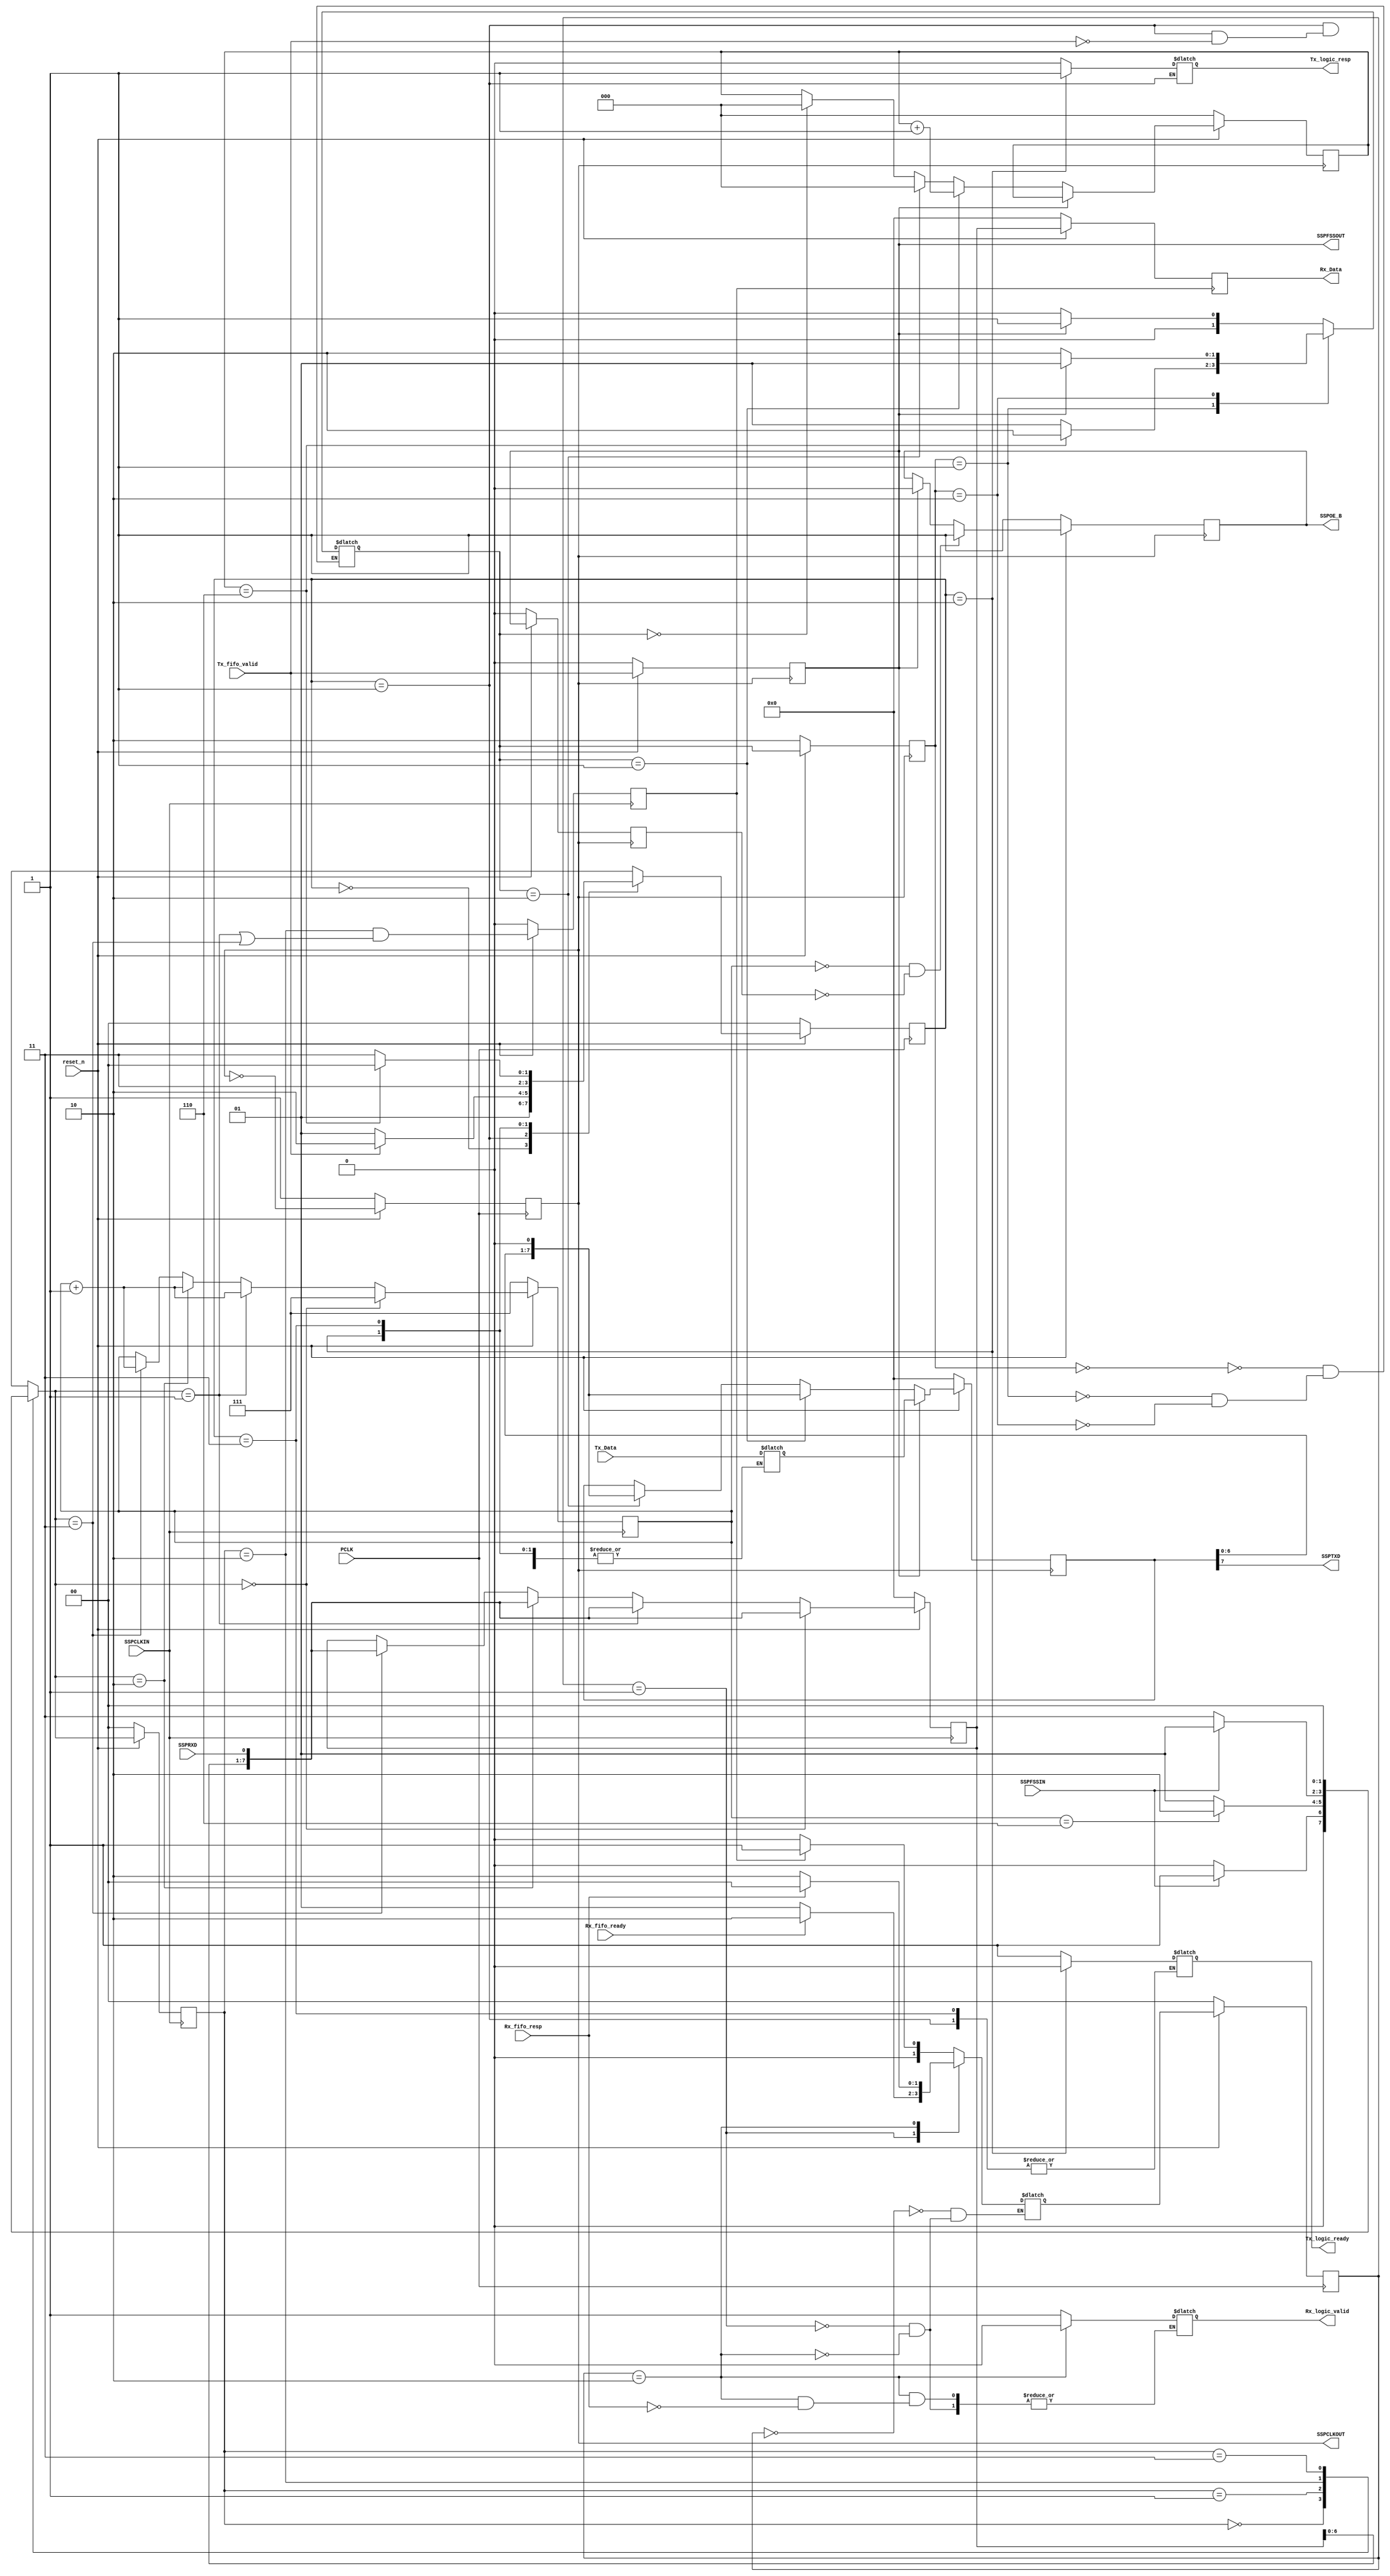
//********************************************************************
//	Developed on:	26-Oct-2016
//	Module:		Tx/Rx logic block (To be used in SSP module)
//********************************************************************
module Tx_Rx_logic(	PCLK,
			reset_n,
			Tx_logic_ready,
			Tx_logic_resp,
			Tx_Data,
			Tx_fifo_valid,
			Rx_fifo_ready,
			Rx_fifo_resp,
			Rx_Data,
			Rx_logic_valid,
			SSPOE_B,
			SSPTXD,
			SSPFSSOUT,
			SSPCLKOUT,
			SSPCLKIN,
			SSPFSSIN,
			SSPRXD);


input		PCLK,
		reset_n,
		Tx_fifo_valid,
		Rx_fifo_ready,
		Rx_fifo_resp,
		SSPCLKIN,
		SSPFSSIN,
		SSPRXD;

input	[7:0]	Tx_Data;

output		Tx_logic_ready,
		Tx_logic_resp,
		Rx_logic_valid,
		SSPOE_B,
		SSPTXD,
		SSPFSSOUT,
		SSPCLKOUT;

output	[7:0]	Rx_Data;

wire		PCLK,
		reset_n,
		Tx_fifo_valid,
		Rx_fifo_ready,
		Rx_fifo_resp,
		SSPCLKIN,
		SSPFSSIN,
		SSPRXD;

wire	[7:0]	Tx_Data;
wire		SSPTXD;
reg		Rx_logic_valid;
wire		capture_rx_data;
reg		capture_rx_data_delay;

reg		Tx_fifo_valid_sync;
reg		Tx_logic_ready,
		Tx_logic_resp,
		SSPOE_B,
		SSPFSSOUT_reg,
		SSPCLKOUT;
wire		SSPFSSOUT;

wire	[7:0]	Rx_Data;

reg 	[7:0]	tx_data_in_reg;
reg 	[7:0]	tx_data_in_reg_sync;
reg 	[2:0]	tx_count;

reg 	[7:0]	rx_data_in_reg;
reg 	[7:0]	rx_data_in_reg_captured;
reg 	[2:0]	rx_count;

reg [1:0] tx_state;
reg [1:0] tx_next_state;
parameter TX_IDLE=2'd0, TX_READY=2'd1, TX_RESP=2'd2, TX_WAIT=2'd3;

reg [1:0] tx_ser_state;
reg [1:0] tx_ser_next_state;
parameter TX_SER_IDLE=2'd0, TX_SER_TRANSFER=2'd1, TX_SER_LAST_TRANSFER=2'd2;

reg [1:0] rx_state;
reg [1:0] rx_next_state;
parameter RX_IDLE=2'd0, RX_VALID=2'd1, RX_RESP=2'd2;

reg [1:0] rx_ser_state;
reg [1:0] rx_ser_next_state;
parameter RX_SER_IDLE=2'd0, RX_SER_RECEIVE=2'd1, RX_SER_CAPTURE=2'd2, RX_SER_LAST_BIT=2'd3;


always @(posedge PCLK)
begin
	if(~reset_n)
		SSPCLKOUT	<= 1'b1;
	else
		SSPCLKOUT	<= ~SSPCLKOUT;
				
end


always @(posedge PCLK)
begin
	if(~reset_n)
	begin
		tx_state	<= 2'b0;
	end
	else	
		tx_state 	<= tx_next_state;
end


always @(*)  
begin	
	case(tx_state)
		TX_IDLE:
			 begin
				Tx_logic_resp	= 1'b0;
				Tx_logic_ready	= 1'b1;
				tx_next_state	= TX_READY;
			end

		TX_READY:if(Tx_fifo_valid)
			 begin
				tx_data_in_reg	= Tx_Data;
				tx_next_state	= TX_RESP;
			 end
		 	 else
			 begin
				tx_next_state= TX_READY;
			 end
				
		TX_RESP:
			begin	
				Tx_logic_ready	= 1'b0;
				Tx_logic_resp	= 1'b1;
				tx_next_state= TX_WAIT;
			end
		TX_WAIT:
			begin
				Tx_logic_resp	= 1'b0;
				if(tx_count==3'b110)  //check this count
					tx_next_state= TX_IDLE;
				else
					tx_next_state= TX_WAIT;
			end
		
	endcase
end

always @(posedge SSPCLKOUT)
begin
	if(~reset_n)
		Tx_fifo_valid_sync<='d0; //initial
	else
		Tx_fifo_valid_sync<=Tx_fifo_valid;
end

always @(negedge SSPCLKOUT)
begin
	if(~reset_n)
		SSPOE_B		= 1'b1;
	else
	begin
		if(SSPFSSOUT)
			SSPOE_B		= 1'b0;
		if(rx_count=='d0 && !SSPFSSOUT_reg)
			SSPOE_B		= 1'b1;
	end
	
end

always @(posedge SSPCLKOUT)
begin
	if(~reset_n)
		SSPFSSOUT_reg<='d0;
	else
		SSPFSSOUT_reg<=SSPFSSOUT;
end

always @(posedge SSPCLKOUT)
begin
	if(~reset_n)
	begin
		tx_ser_state	<= 2'b10;  //initial
	end
	else	
		tx_ser_state 	<= tx_ser_next_state;
end
assign SSPFSSOUT = Tx_fifo_valid_sync;
always @(posedge SSPCLKOUT)
begin
	if(~reset_n)
	begin
		tx_count	<= 'd0;  //initial
		tx_data_in_reg_sync	<='d0;  //initial;
	end
	else
	begin
		if(SSPFSSOUT)
			tx_data_in_reg_sync	<= tx_data_in_reg;	
		else if(tx_ser_next_state==TX_SER_TRANSFER)
		begin
			tx_count 	<= tx_count +1;
			tx_data_in_reg_sync	<= {tx_data_in_reg_sync[6:0],1'b0};
		end
		else if(tx_ser_next_state==TX_SER_LAST_TRANSFER)
		begin
			tx_count	<= 'd0;
			tx_data_in_reg_sync	<= {tx_data_in_reg_sync[6:0],1'b0};
		end
		else if(tx_ser_next_state==TX_SER_IDLE)
		begin
			tx_count	<= 'd0;
		end
	end
		
end

always @(*)  
begin	
	case(tx_ser_state)
		TX_SER_IDLE:	if(Tx_fifo_valid_sync)
				begin	
					tx_ser_next_state	= TX_SER_TRANSFER;
				end
				else
					tx_ser_next_state	= TX_SER_IDLE;
			
		TX_SER_TRANSFER:if(tx_count==3'b110)  //check count
					tx_ser_next_state	= TX_SER_LAST_TRANSFER;
				else
				begin
					tx_ser_next_state	= TX_SER_TRANSFER;
				end
	
		TX_SER_LAST_TRANSFER:
				if(Tx_fifo_valid_sync)
				begin	
					tx_ser_next_state	= TX_SER_TRANSFER;
				end
				else
					tx_ser_next_state	= TX_SER_LAST_TRANSFER;
			
	endcase
end


assign SSPTXD	= tx_data_in_reg_sync[7];


always @(posedge SSPCLKIN)
begin
	if(~reset_n)
		rx_ser_state	<= 2'b0;  //initial
	else	
		rx_ser_state 	<= rx_ser_next_state;
end

always @(posedge SSPCLKIN)
begin
	if(~reset_n)
	begin
		rx_data_in_reg 	<= 'd0;  //initial
		rx_count	<= 'd7;  //initial
	end
	else
	begin
		if(rx_ser_next_state==RX_SER_IDLE)
		begin
			rx_data_in_reg 	<= 'd0;
			rx_count	<= 'd7;
			rx_data_in_reg	<={rx_data_in_reg[6:0],SSPRXD};
		end
		else if(rx_ser_next_state==RX_SER_RECEIVE)
		begin
			rx_count 	<= rx_count+1;
			rx_data_in_reg	<={rx_data_in_reg[6:0],SSPRXD};
		end
		else if(rx_ser_next_state==RX_SER_CAPTURE)
		begin
			rx_count 	<= rx_count+1;
			rx_data_in_reg	<={rx_data_in_reg[6:0],SSPRXD};
		end
		else if(rx_ser_next_state==RX_SER_LAST_BIT)
		begin
			rx_count 	<= rx_count+1;
			rx_data_in_reg	<={rx_data_in_reg[6:0],SSPRXD};
		end
	end	
end

always @(*)
begin
	case(rx_ser_state)
		RX_SER_IDLE:	if(SSPFSSIN)
					rx_ser_next_state=RX_SER_RECEIVE;
				else
					rx_ser_next_state=RX_SER_IDLE;	
		RX_SER_RECEIVE:	if(rx_count==3'b110)
					rx_ser_next_state=RX_SER_CAPTURE;
				else
					rx_ser_next_state=RX_SER_RECEIVE;
	
		RX_SER_CAPTURE:
					if(SSPFSSIN)
						rx_ser_next_state=RX_SER_RECEIVE;
					else
						rx_ser_next_state=RX_SER_LAST_BIT;
		RX_SER_LAST_BIT:
				begin
					rx_ser_next_state=RX_SER_IDLE;
				end
				
	endcase
end

assign capture_rx_data = ((rx_ser_state=='d2)&&((rx_ser_next_state=='d1)||(rx_ser_next_state=='d3)));

always @(posedge SSPCLKIN)
begin
	if(~reset_n)
		capture_rx_data_delay<=0;  //initial
	else
		capture_rx_data_delay<=capture_rx_data;
	
end

always @(posedge capture_rx_data_delay)
begin
	if(~reset_n)
		rx_data_in_reg_captured <='d0; //initial
	else
		rx_data_in_reg_captured<=rx_data_in_reg;		
end

always @(posedge PCLK)
begin
	if(~reset_n)
	begin
		rx_state	<= 2'b0;
	end	
	else	
		rx_state 	<= rx_next_state;
end


always @(*)
begin	
	case(rx_state)
		RX_IDLE: if(capture_rx_data_delay)
			begin 
				rx_next_state=RX_VALID;
			end
			else
				rx_next_state=RX_IDLE;

		RX_VALID:
			 begin
				Rx_logic_valid=1'b1;
			
				if(Rx_fifo_ready)
			 	begin
					rx_next_state=RX_RESP;
				end
			 	else
					rx_next_state=RX_VALID;
			 end
				
		RX_RESP:	if(Rx_fifo_resp)
			begin
				Rx_logic_valid=1'b0;
				rx_next_state=RX_IDLE;
			end
			else
				rx_next_state=RX_RESP;
		
	endcase
end

assign Rx_Data = rx_data_in_reg_captured; 


endmodule